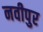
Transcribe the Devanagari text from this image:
नवीपुर